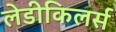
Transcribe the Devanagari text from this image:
लेडीकिलर्स